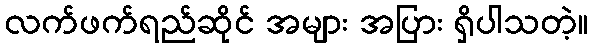
လက်ဖက်ရည်ဆိုင် အများ အပြား ရှိပါသတဲ့။